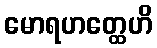
မောရဟတ္ထေဟိ